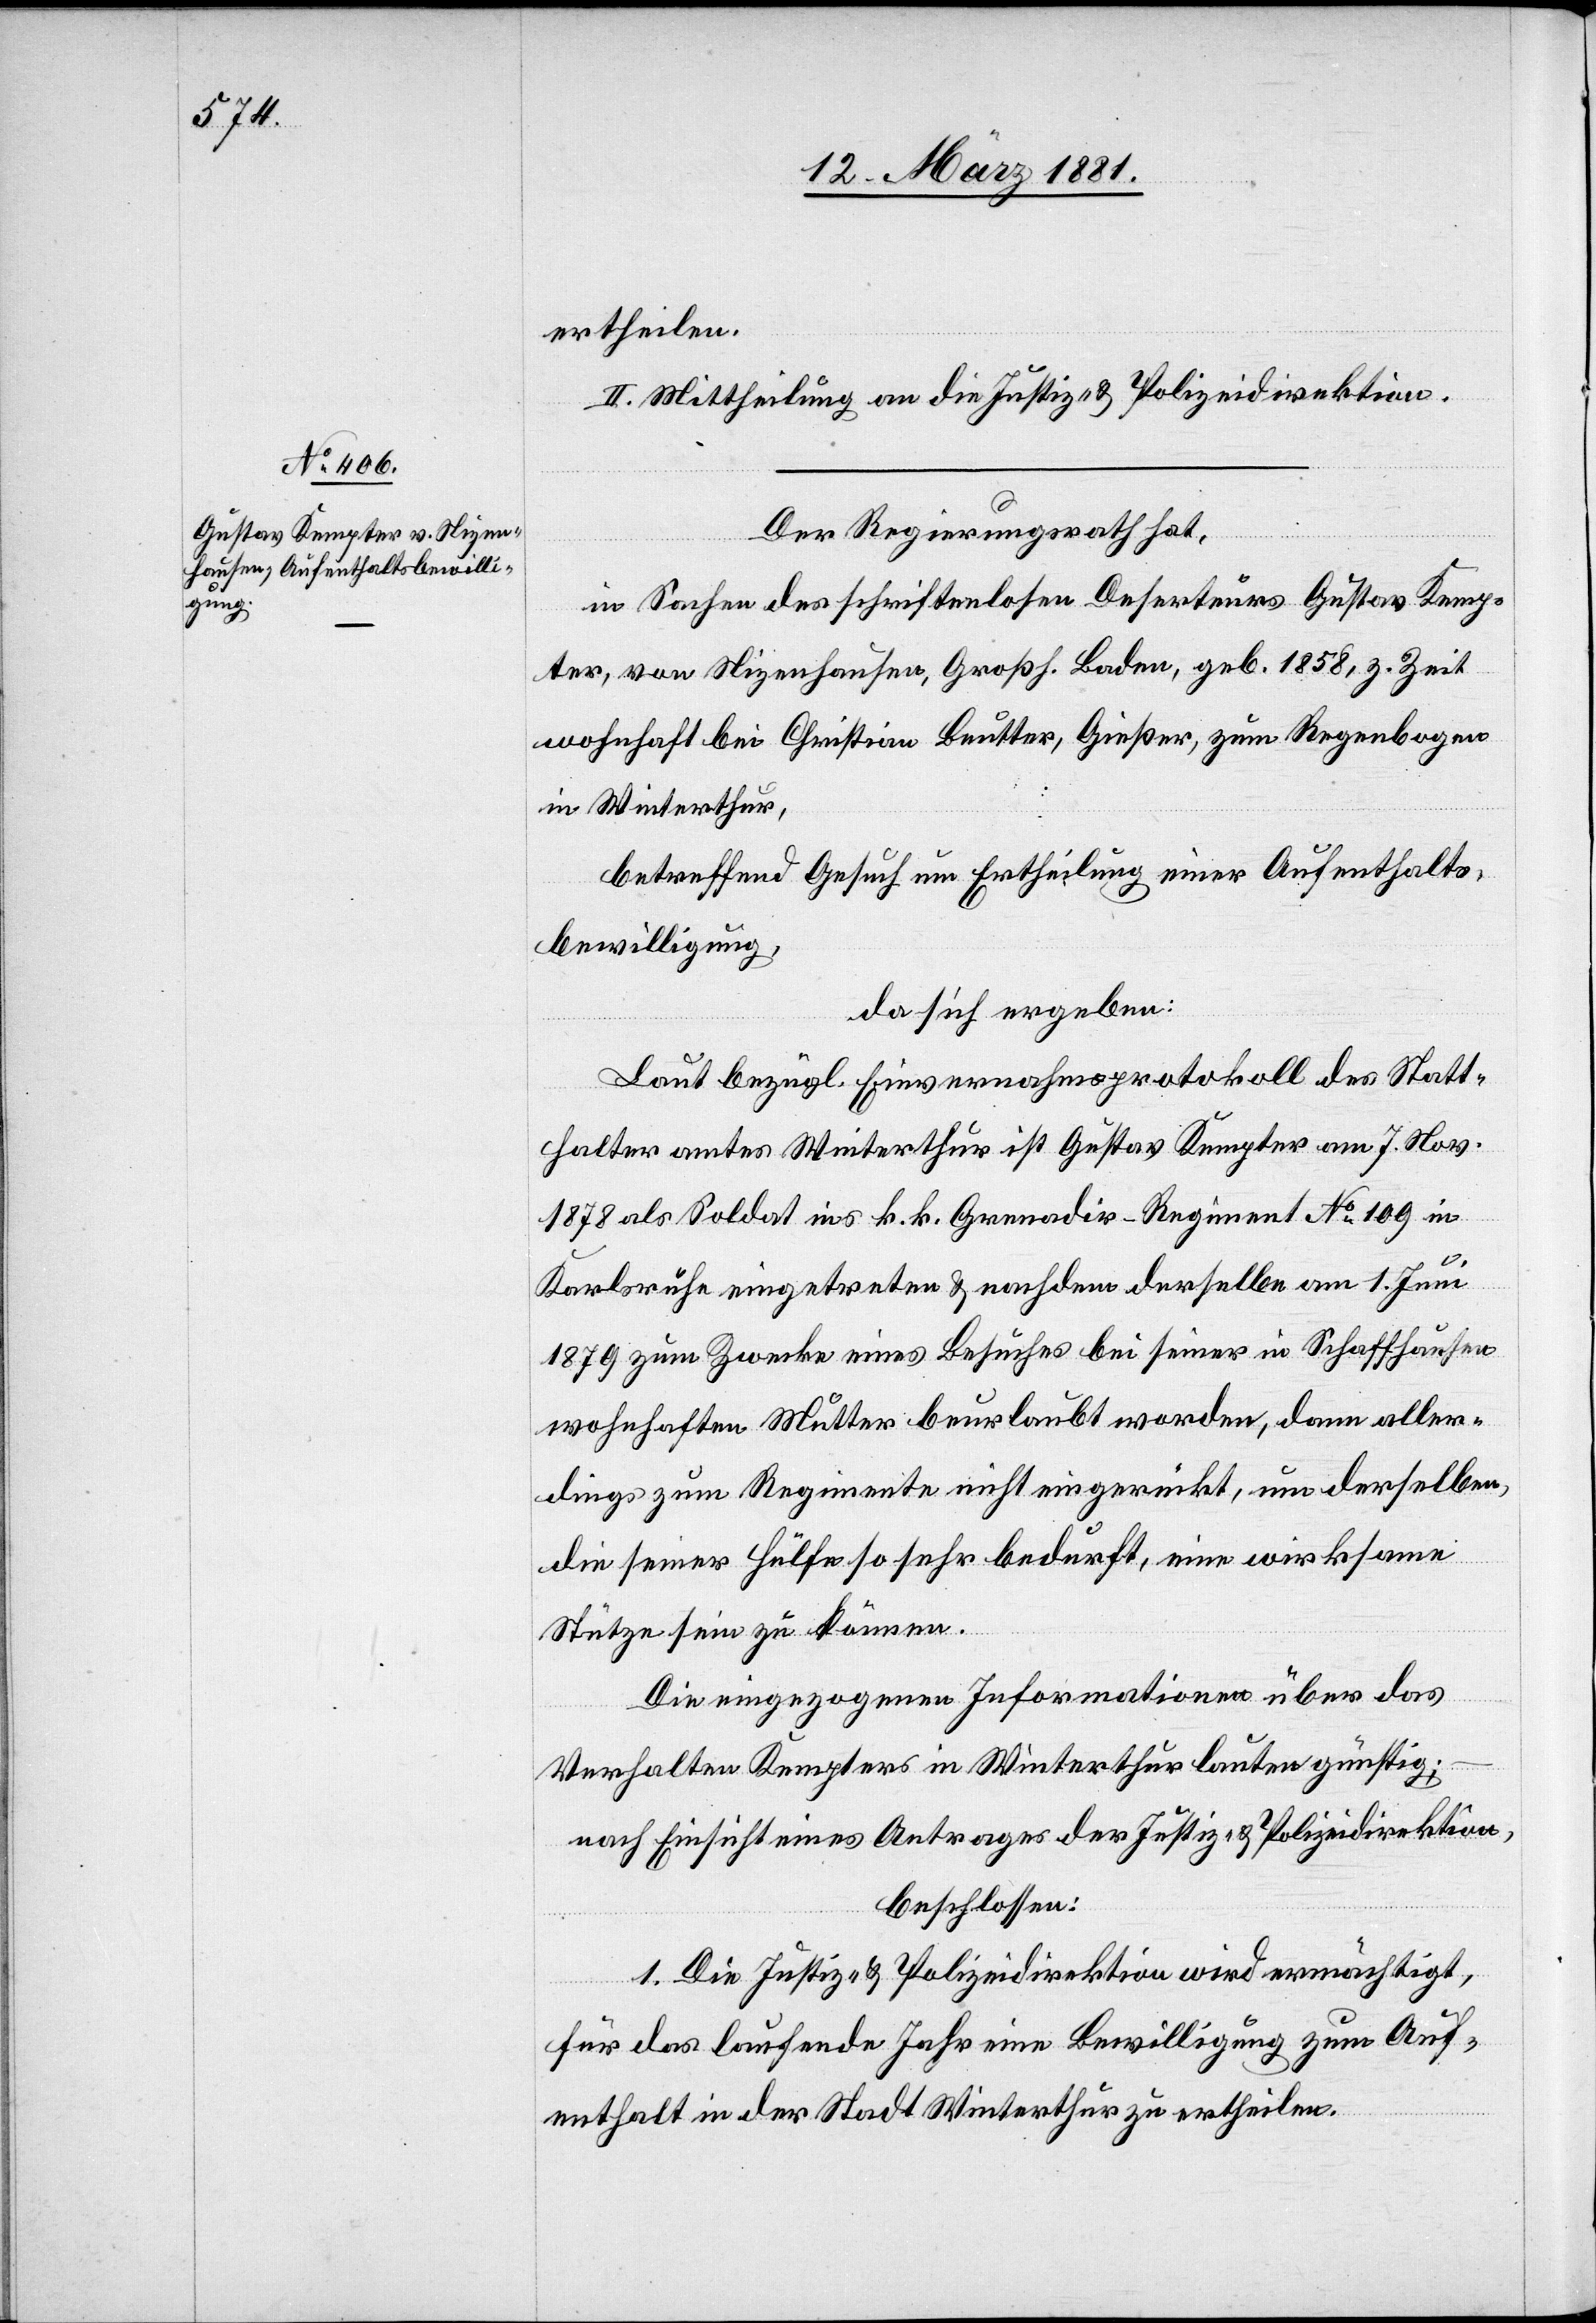
ertheilen.
II. Mittheilung an die Justiz- & Polizeidirektion.
Der Regierungsrath hat,
in Sachen des schriftenlosen Deserteurs Gustav Kemp¬
ter, von Nizenhausen, Großh. Baden, geb. 1858, z. Zeit
wohnhaft bei Christian Beutter, Gießer, zum Regenbogen
in Winterthur,
betreffend Gesuch um Ertheilung einer Aufenthalts¬
bewilligung,
da sich ergeben:
Laut bezügl. Einvernahmsprotokoll des Statt¬
halteramtes Winterthur ist Gustav Kempter am 7. Nov.
1878 als Soldat ins k. k. Grenadir-Regiment No 109 in
Karlsruhe eingetreten & nachdem derselbe am 1. Juni
1879 zum Zwecke eines Besuches bei seiner in Schaffhausen
wohnhaften Mutter beurlaubt worden, dann aller¬
dings zum Regimente nicht eingerückt, um derselben,
die seiner Hülfe so sehr bedurft, eine wirksame
Stütze sein zu können.
Die eingezogenen Informationen über das
Verhalten Kempters in Winterthur lauten günstig;
nach Einsicht eines Antrages der Justiz- & Polizeidirektion,
beschlossen:
1. Die Justiz- & Polizeidirektion wir ermächtigt,
für das laufende Jahr eine Bewilligung zum Auf¬
enthalt in der Stadt Winterthur zu ertheilen.